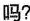
吗?